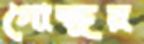
গোক্ষুর